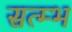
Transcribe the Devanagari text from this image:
सत्म्भ